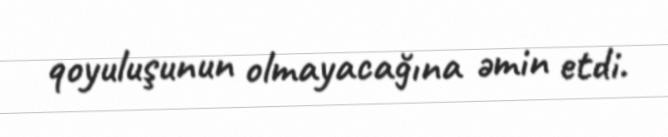
qoyuluşunun olmayacağına əmin etdi.